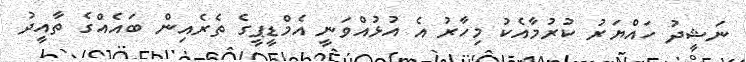
ނަޝީދު ހައްޔަރު ކުރުމާއެކު މިހާރު އެ އުޅުއްވަނީ އެމްޑީޕީގެ ތެރެއިން ބައެއްގެ ތާއީދު